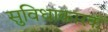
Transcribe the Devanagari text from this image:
सुविधाकारक